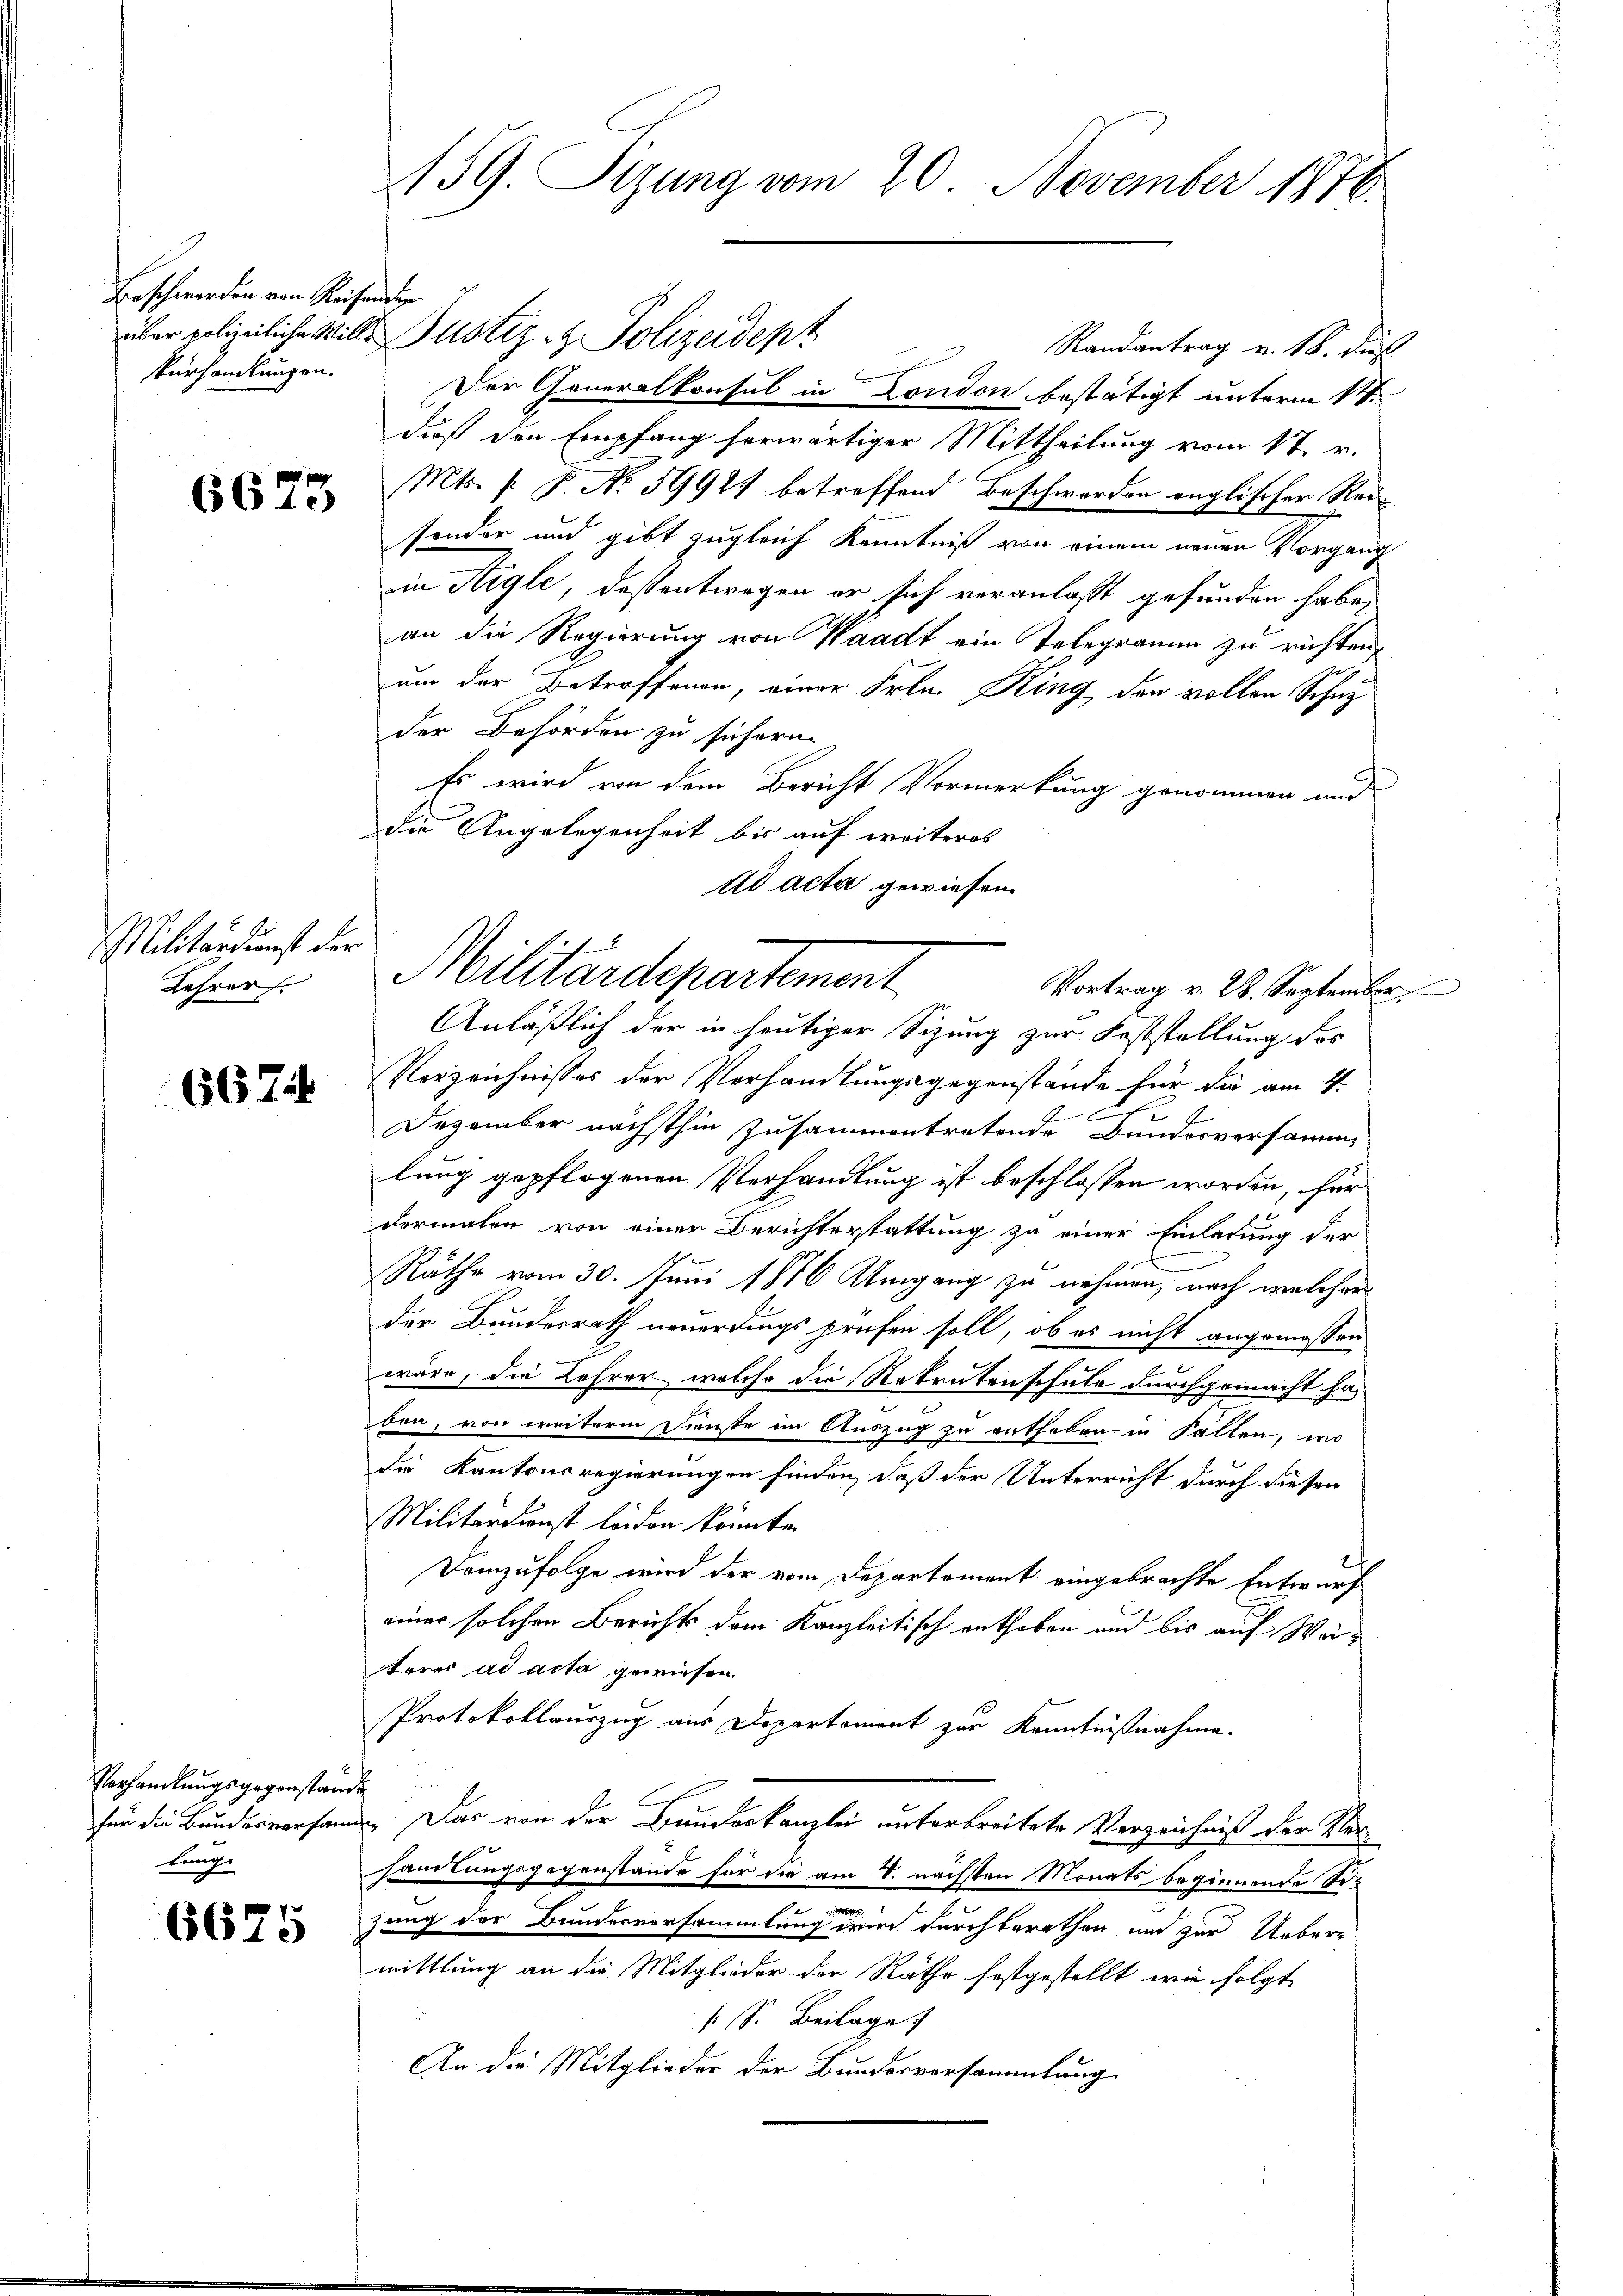
Beschwerden von Reisendig
sVerhandlungen.

6673

Militärdienst der
Lehrer

6674

Verhandlungsgegenstand
für die Bundesversam
lange

6675

159. Sizung vom 20. November 1876.

über polizeiliche Wille Justiz- & Polizeident
Randantrag v. 18. dieß
Der Generalkonsul in London bestätigt unterm 1.
dieß den Empfang herwärtiger Mittheilung vom 17. v.
Mts. f. P. No. 5992 betreffend Beschwerden englischer Rausonder und gibt zugleich Kenntniß von einem neuen Vorgang
in Aigle, dessentwegen er sich veranlasst gefunden habe,
an die Regierung von Waadt ein Telegramm zu richten,
um der Betroffenen, einer Frkn. King den vollen Schutz
der Behörden zu sichern.
Es wird von dem Bericht Vormerkung genommen und
die Angelegenheit bis auf weiteres
ad acta gewiesen.
Anläßlich der in heutiger Sizung zur Feststellung des
Verzeichnisses der Verhandlungsgegenstände für die am 4.
Dezember nächsthin zusammentretende Bundesversammlung gepflogenen Verhandlung ist beschlossen worden, für
dermalen von einer Berichterstattung zu einer Einladung der
Räthe vom 30. Juni 1886 Umgang zu nehmen, nach welcher
der Bundesrath neuerdings prüfen soll, ob es nicht angemessen
wäre, die Lehrer, welche die Rekrutenschule durchgemacht haben, von weiterm Dienste im Auszug zu enthoben in Fallen, wo
die Kantonsregierungen finden, daß der Unterricht durch diesen
Militärdienst leiden könnte.
Demzufolge wird der vom Departement eingebrachte Entwurf
einer solchen Berichts dem Kanzleitisch enthoben und bis auf Weitores ad acta gewiesen.
Protokollauszug aus Departement zur Kenntnißnahme.
k
 Das von der Bunderkanzlei unterbreitete Verzeichniß der Kerhandlungsgegenstände für die am 4. nächsten Monats beginnende Sr.
zung der Bundesversammlung wird durchberathen und zur Uebermittlung an die Mitglieder der Räthe festgestellt, wie folgt
s. S. Beilage
An die Mitglieder der Bundesversammlung

Militärdepartement
Vortrag v. 28. September